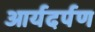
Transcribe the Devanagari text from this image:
आर्यदर्पण